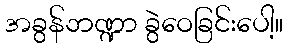
အခွန်ဘဏ္ဍာ ခွဲဝေခြင်းပေါ့။